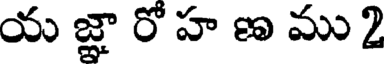
య జ్ఞా రో హ ణ ము 2